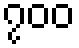
၇၀၀